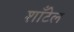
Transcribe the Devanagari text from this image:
शाँटेल